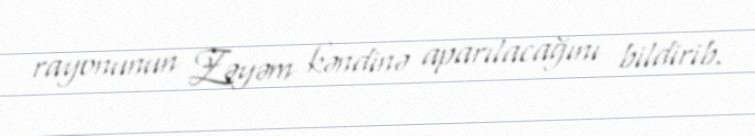
rayonunun Zəyəm kəndinə aparılacağını bildirib.